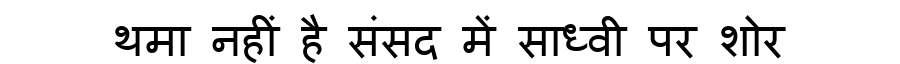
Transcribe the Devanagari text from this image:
थमा नहीं है संसद में साध्वी पर शोर